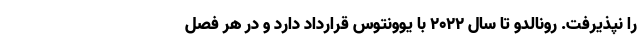
را نپذیرفت. رونالدو تا سال ۲۰۲۲ با یوونتوس قرارداد دارد و در هر فصل